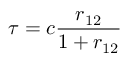
\tau = c \frac { r _ { 1 2 } } { 1 + r _ { 1 2 } }